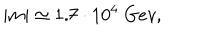
| m | \simeq 1 . 7 \cdot 1 0 ^ { 4 } \; G e v ,